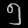
Digit: ၅